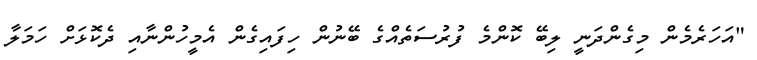
"އަހަރެމެން މިގެންދަނީ ލިބޭ ކޮންމެ ފުރުސަތެއްގެ ބޭނުން ހިފައިގެން އެމީހުންނާއި ދެކޮޅަށް ހަމަލާ